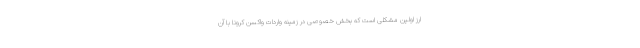
ارز اولین مشکلی است که بخش خصوصی در زمینه واردات واکسن کرونا با آن